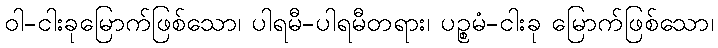
ဝါ-ငါးခုမြောက်ဖြစ်သော၊ ပါရမီ-ပါရမီတရား၊ ပဉ္စမံ-ငါးခု မြောက်ဖြစ်သော၊